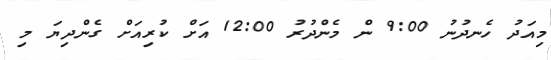
މިއަދު ހެނދުނު 9:00 ން މެންދުރު 12:00 އަށް ކުރިއަށް ގެންދިޔަ މި